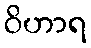
ဝိဟာရ